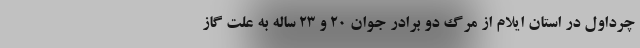
چرداول در استان ایلام از مرگ دو برادر جوان ۲۰ و ۲۳ ساله به علت گاز